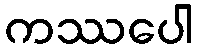
ကဿပေါ